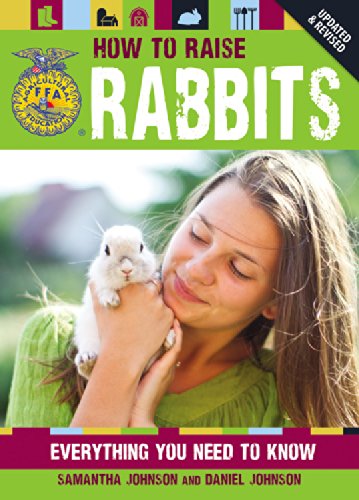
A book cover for How to Raise Rabbits: Everything You Need to Know (FFA); Samantha Johnson; Crafts, Hobbies & Home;